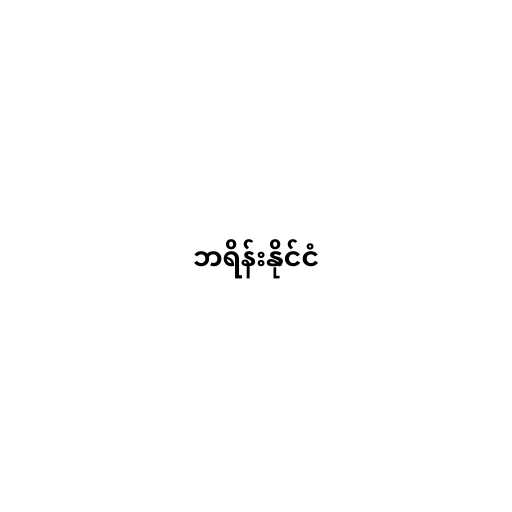
ဘရိန်းနိုင်ငံ